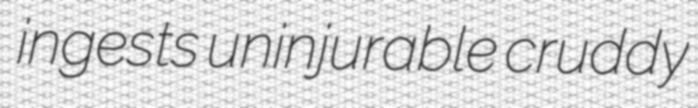
ingests uninjurable cruddy